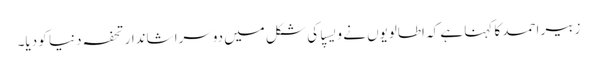
زبیر احمد کا کہنا ہے کہ اطالویوں نے ویسپا کی شکل میں دوسرا شاندار تحفہ دنیا کو دیا۔